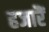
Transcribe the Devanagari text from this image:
हजारैं